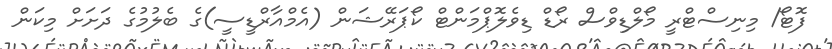
ފޮޓޯ/ މިނިސްޓްރީ މޯލްޑިވްސް ރޯޑް ޑިވެލޮޕްމަންޓް ކޯޕަރޭޝަން (އެމްއާރްޑީސީ)ގެ ބެލުމުގެ ދަށަށް މިކަން